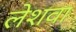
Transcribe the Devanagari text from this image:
लेशवा